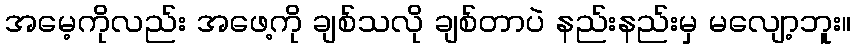
အမေ့ကိုလည်း အဖေ့ကို ချစ်သလို ချစ်တာပဲ နည်းနည်းမှ မလျော့ဘူး။